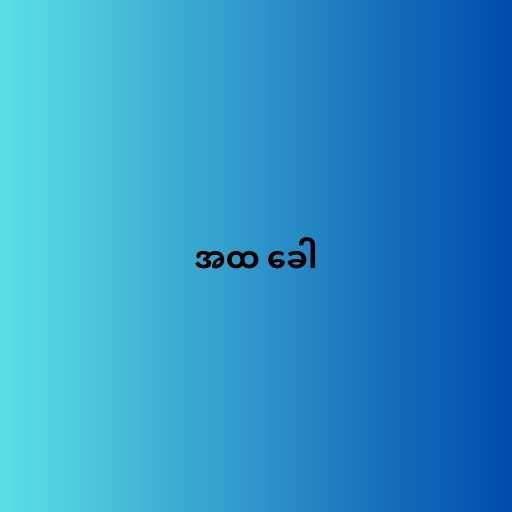
အထ ခေါ